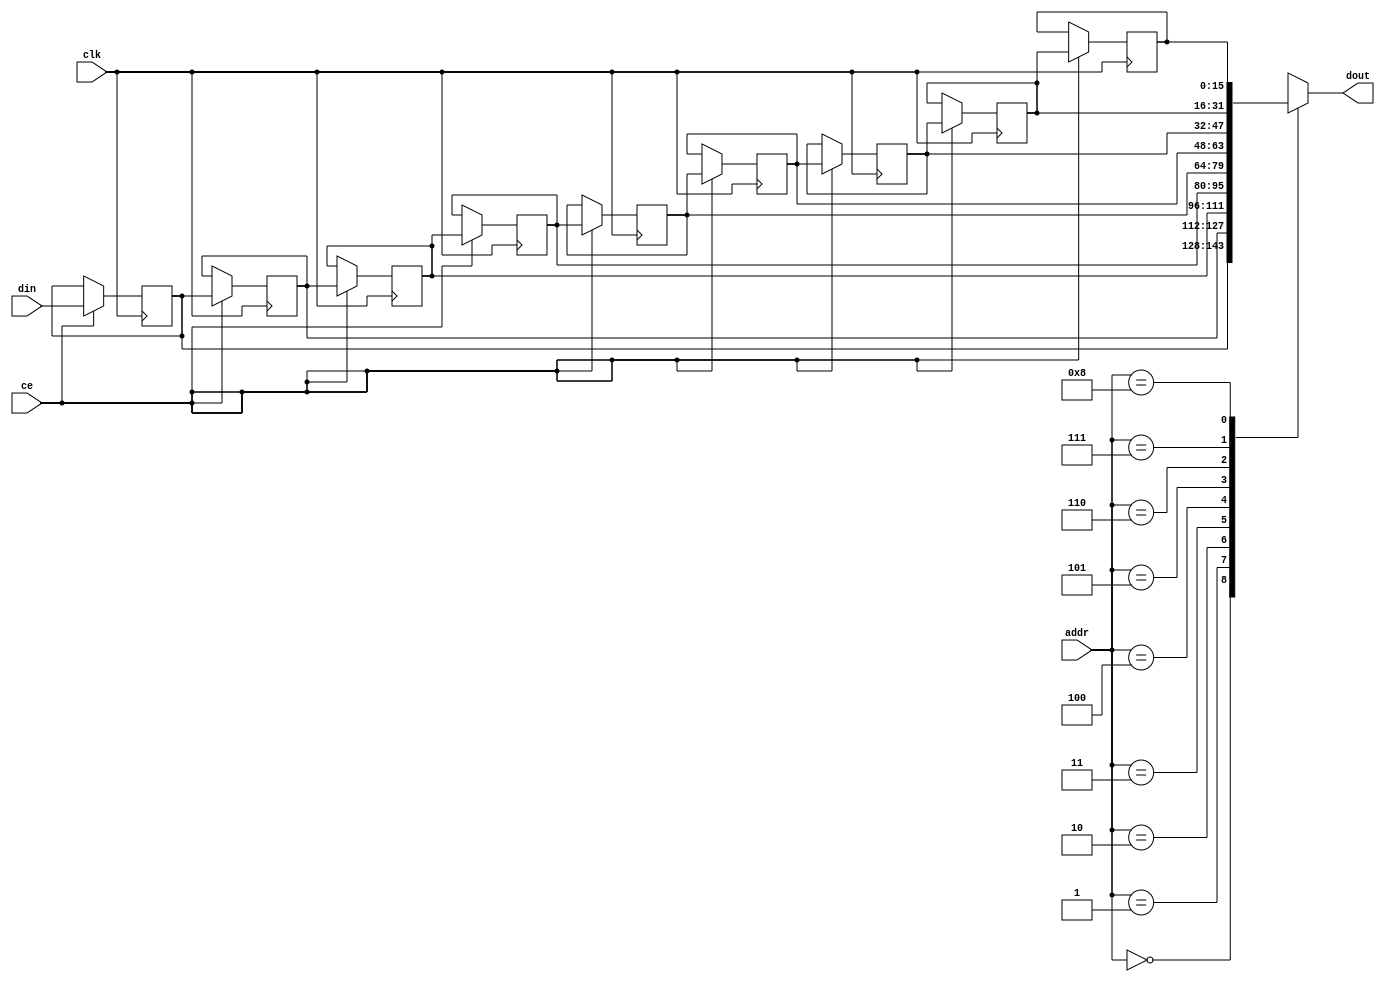
module shift_line_buffer_array_ap_fixed_1u_config2_s_line_bufferbkb_core (
    clk,
    ce,
    din,
    addr,
    dout);

parameter DATA_WIDTH = 32'd16;
parameter ADDR_WIDTH = 32'd4;
parameter DEPTH = 5'd9;

input clk;
input ce;
input [DATA_WIDTH-1:0] din;
input [ADDR_WIDTH-1:0] addr;
output [DATA_WIDTH-1:0] dout;


reg[DATA_WIDTH-1:0] ShiftRegMem[0:DEPTH-1];
integer i;

initial
begin
    for(i=0;i<DEPTH;i=i+1)
        ShiftRegMem[i] <= {DATA_WIDTH{1'b0}};
end

always @ (posedge clk)
begin
    if (ce)
    begin
        for(i=0;i<DEPTH-1;i=i+1)
            ShiftRegMem[i+1] <= ShiftRegMem[i];
        ShiftRegMem[0] <= din;
    end
end

assign dout = ShiftRegMem[addr];

endmodule